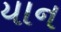
યાન